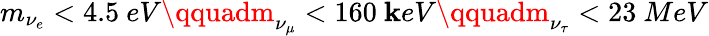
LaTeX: m_{\nu_{e}}<4.5\ eV\qquadm_{\nu_{\mu}}<160\ \mathbf{k}eV\qquadm_{\nu_{\tau}}<23\ MeV